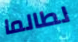
لطالما